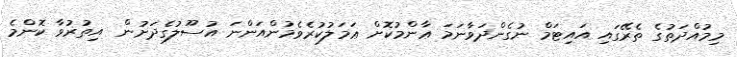
މިމުއްދަތުގެ ތެރޭގައި އައިޓަމް ނުގެންދަވާނަމަ ޢާންމުކޮށް ޢަމަލުކުރެވެމުންއަންނަ އުސޫލުގެދަށުން  އިތުރުވާ ކޮންމެ